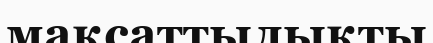
мақсаттылықты